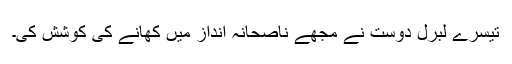
تیسرے لبرل دوست نے مجھے ناصحانہ انداز میں کھانے کی کوشش کی۔